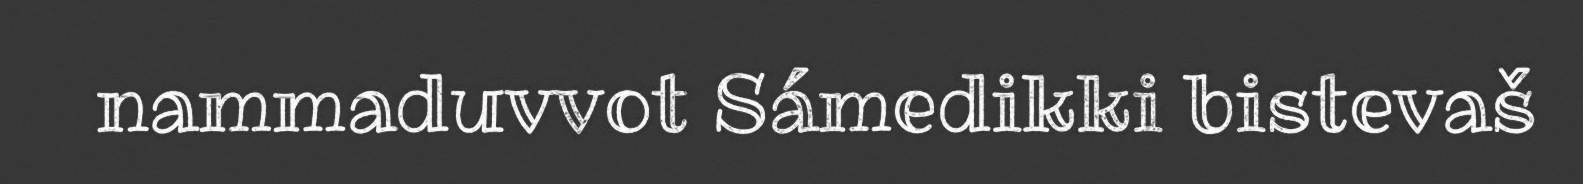
nammaduvvot Sámedikki bistevaš